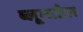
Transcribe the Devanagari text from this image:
ब्लूम्सडेल